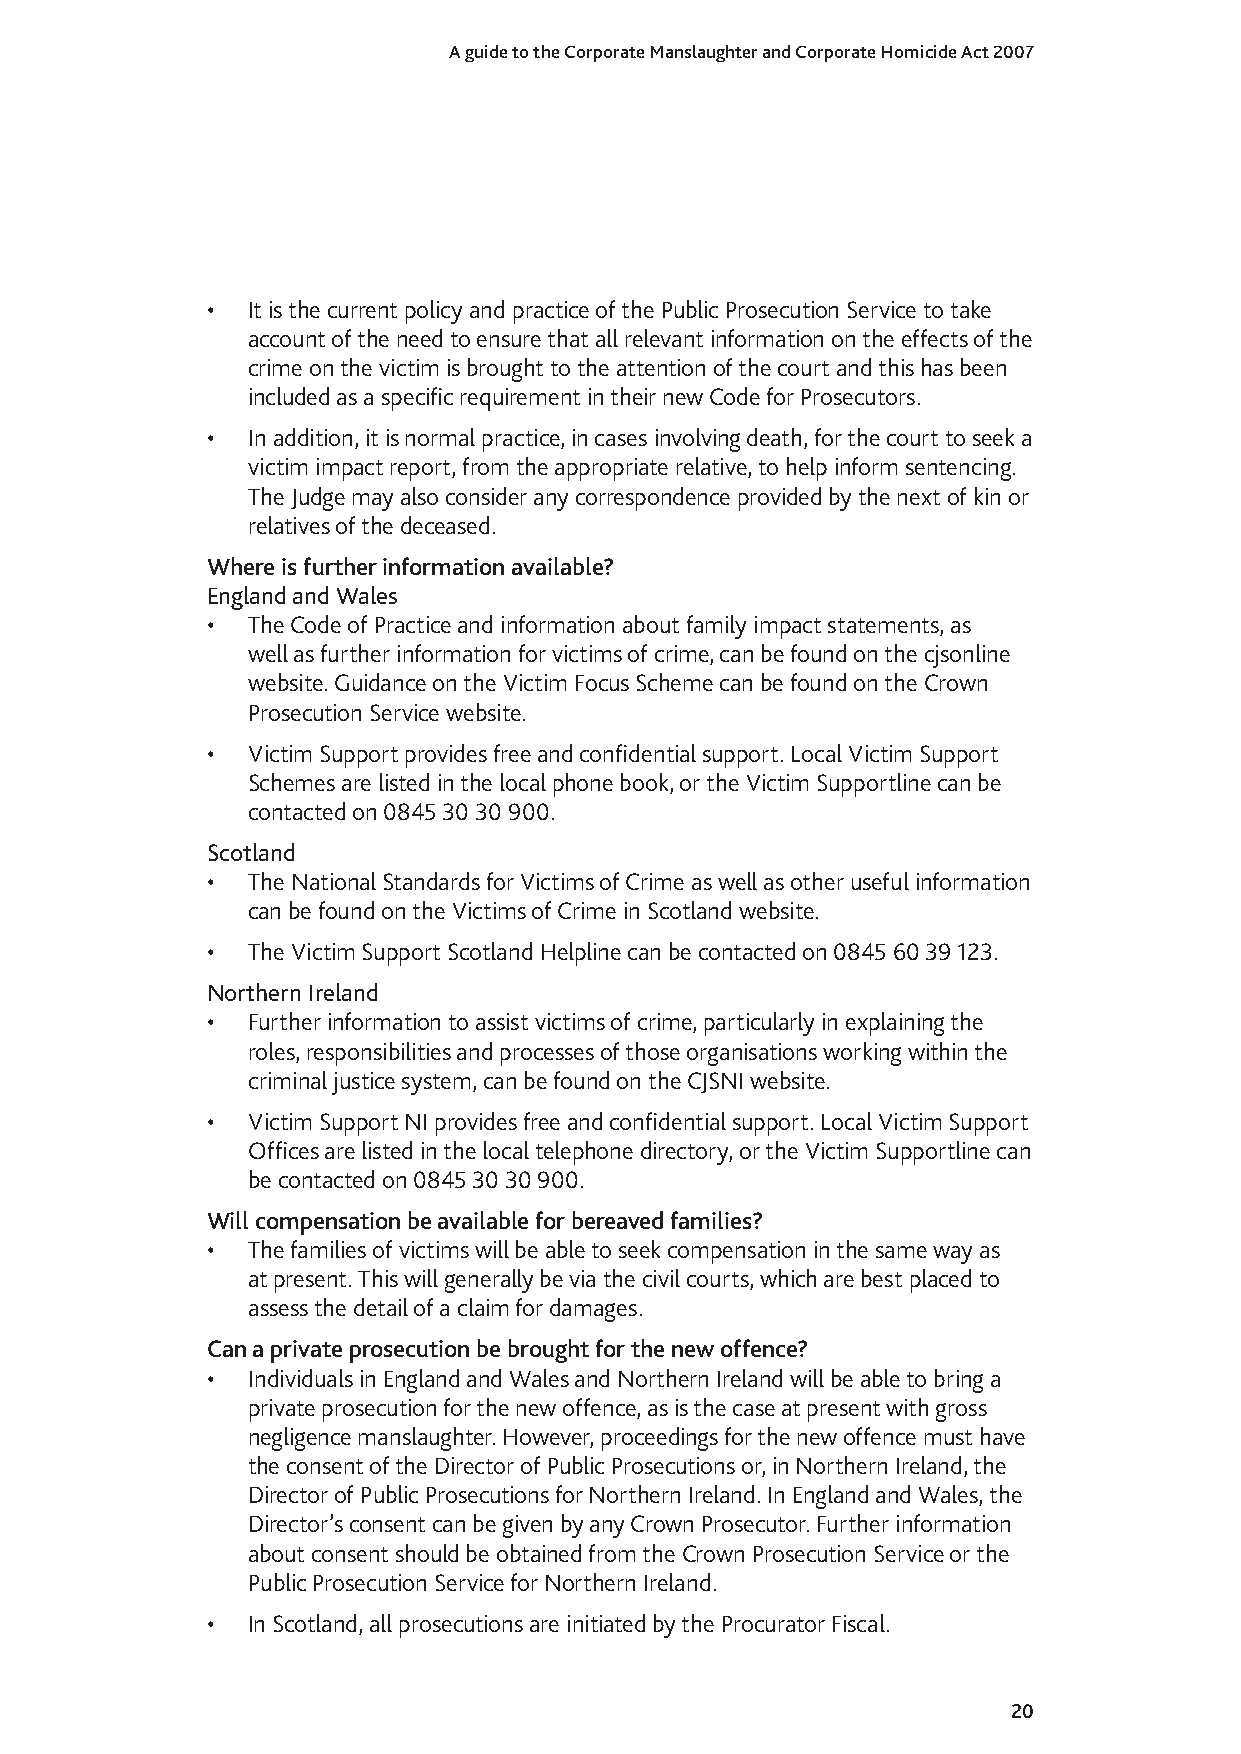
A guide to the Corporate Manslaughter and Corporate Homicide Act 2007
 • It is the current policy and practice of the Public Prosecution Service to take
 account of the need to ensure that all relevant information on the effects of the
 crime on the victim is brought to the attention of the court and this has been
 included as a specific requirement in their new Code for Prosecutors.
 • In addition, it is normal practice, in cases involving death, for the court to seek a
 victim impact report, from the appropriate relative, to help inform sentencing.
 The Judge may also consider any correspondence provided by the next of kin or
 relatives of the deceased.
 Where is further information available?
 England and Wales
 • The Code of Practice and information about family impact statements, as
 well as further information for victims of crime, can be found on the cjsonline
 website. Guidance on the Victim Focus Scheme can be found on the Crown
 Prosecution Service website.
 • Victim Support provides free and confidential support. Local Victim Support
 Schemes are listed in the local phone book, or the Victim Supportline can be
 contacted on 0845 30 30 900.
 Scotland
 • The National Standards for Victims of Crime as well as other useful information
 can be found on the Victims of Crime in Scotland website.
 • The Victim Support Scotland Helpline can be contacted on 0845 60 39 123.
 Northern Ireland
 • Further information to assist victims of crime, particularly in explaining the
 roles, responsibilities and processes of those organisations working within the
 criminal justice system, can be found on the CJSNI website.
 • Victim Support NI provides free and confidential support. Local Victim Support
 Offices are listed in the local telephone directory, or the Victim Supportline can
 be contacted on 0845 30 30 900.
 Will compensation be available for bereaved families?
 • The families of victims will be able to seek compensation in the same way as
 at present. This will generally be via the civil courts, which are best placed to
 assess the detail of a claim for damages.
 Can a private prosecution be brought for the new offence?
 • Individuals in England and Wales and Northern Ireland will be able to bring a
 private prosecution for the new offence, as is the case at present with gross
 negligence manslaughter. However, proceedings for the new offence must have
 the consent of the Director of Public Prosecutions or, in Northern Ireland, the
 Director of Public Prosecutions for Northern Ireland. In England and Wales, the
 Director’s consent can be given by any Crown Prosecutor. Further information
 about consent should be obtained from the Crown Prosecution Service or the
 Public Prosecution Service for Northern Ireland.
 • In Scotland, all prosecutions are initiated by the Procurator Fiscal.
 20